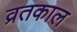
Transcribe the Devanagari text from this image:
व्रतकाल